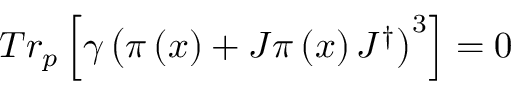
T r _ { p } \left[ \gamma \left( \pi \left( x \right) + J \pi \left( x \right) J ^ { \dagger } \right) ^ { 3 } \right] = 0